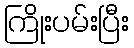
ကြိုးပမ်းပြီး